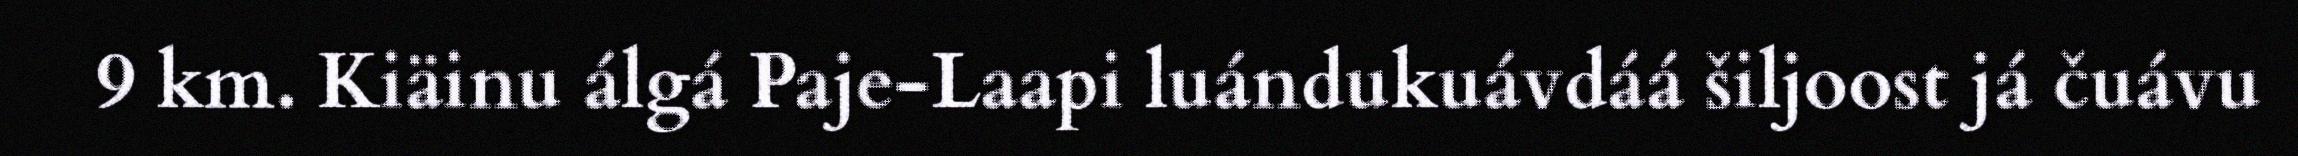
9 km. Kiäinu álgá Paje-Laapi luándukuávdáá šiljoost já čuávu